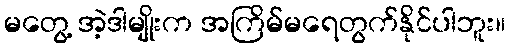
မတွေ့ အဲ့ဒါမျိုးက အကြိမ်မရေတွက်နိုင်ပါဘူး။